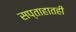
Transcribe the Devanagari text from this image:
सप्ताहातही